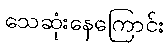
သေဆုံးနေကြောင်း